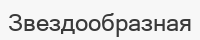
Звездообразная